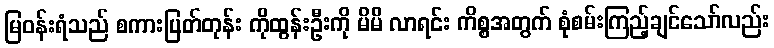
မြဝန်းရံသည် စကားပြတ်တုန်း ကိုထွန်းဦးကို မိမိ လာရင်း ကိစ္စအတွက် စုံစမ်းကြည့်ချင်သော်လည်း